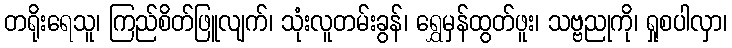
တရိုးရေသူ၊ ကြည်စိတ်ဖြူလျက်၊ သုံးလူတမ်းခွန်၊ ရွှေမှန်ထွတ်ဖူး၊ သဗ္ဗညုကို၊ ရှုစပါလှာ၊